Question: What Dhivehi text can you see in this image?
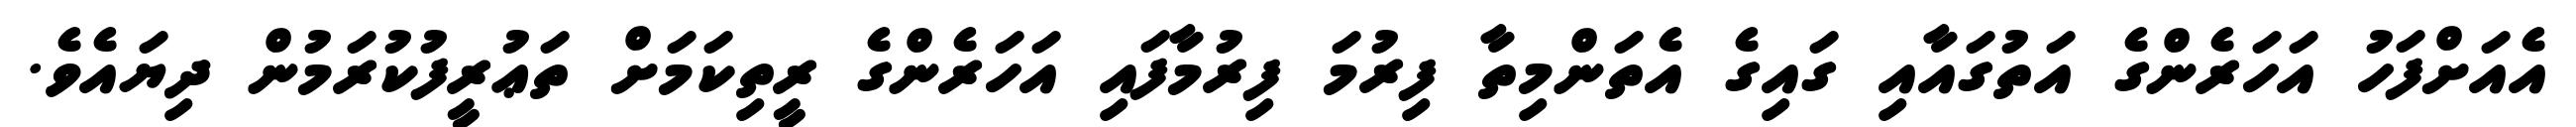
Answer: އެއަށްފަހު އަހަރެންގެ އަތުގައާއި ގައިގެ އެތަންމިތާ ފިރުމަ ފިރުމާފައި އަހަރެންގެ ރީތިކަމަށް ތަޢުރީފުކުރަމުން ދިޔައެވެ.